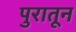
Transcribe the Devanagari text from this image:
पुरातून